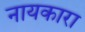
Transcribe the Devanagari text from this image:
नायकारा